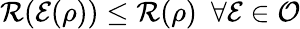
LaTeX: \mathcal{R}(\mathcal{E}(\rho))\leq\mathcal{R}(\rho)~~\forall\mathcal{E}\in\mathcal{O}